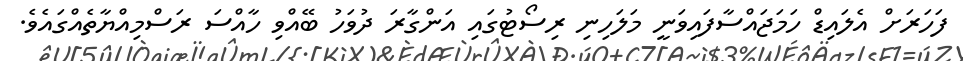
ފަހަރަށް އެލައިޑް ހަމަޖައްސާފައިވަނީ މަލަހިނި ރިސޯޓުގައި އަންގާރަ ދުވަހު ބޭއްވި ހާއްސަ ރަސްމިއްޔާތެއްގައެވެ.